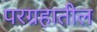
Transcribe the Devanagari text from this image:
परग्रहातील